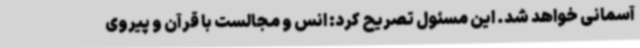
آسمانی خواهد شد. این مسئول تصریح کرد: انس و مجالست با قرآن و پیروی